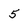
Character: 5